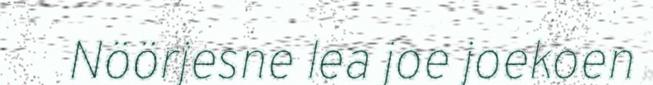
Nöörjesne lea joe joekoen